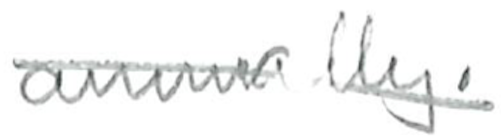
Text: annually.
Cross-out: diagonal
Writing tool: pencil